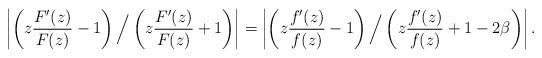
LaTeX: \begin{align*} \left |\left(z\frac{F'(z)}{F(z)}-1\right){\Big /} \left(z\frac{F'(z)}{F(z)}+1\right) \right| =\left |\left(z\frac{f'(z)}{f(z)}-1\right){\Big /} \left(z\frac{f'(z)}{f(z)}+1-2\beta\right) \right|.\end{align*}